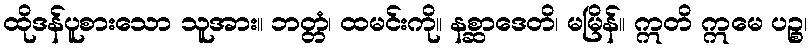
ထိုဒန်ပူစားသော သူအား။ ဘတ္တံ၊ ထမင်းကို။ နစ္ဆာဒေတိ၊ မမြိန်။ ဣတိ ဣမေ ပဉ္စ၊